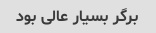
برگر بسیار عالی بود